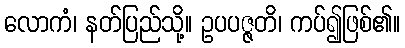
လောကံ၊ နတ်ပြည်သို့။ ဥပပဇ္ဇတိ၊ ကပ်၍ဖြစ်၏။